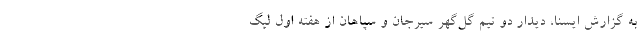
به گزارش ایسنا، دیدار دو تیم گل‌گهر سیرجان و سپاهان از هفته اول لیگ